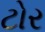
ટોર